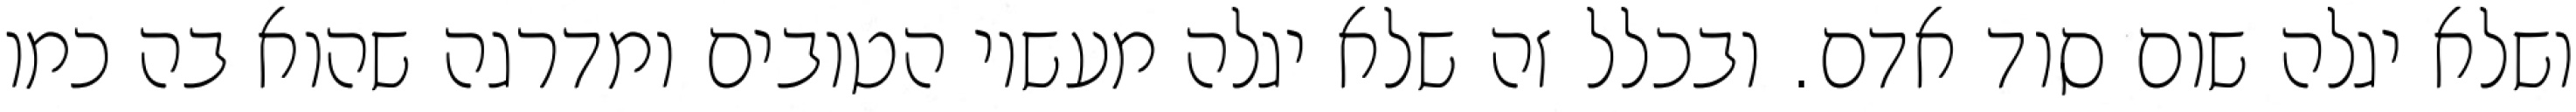
ושלא יגלה שום סוד אדם. ובכלל זה שלא יגלה מעשיו הטובים ומדרגה שהוא בה כמו